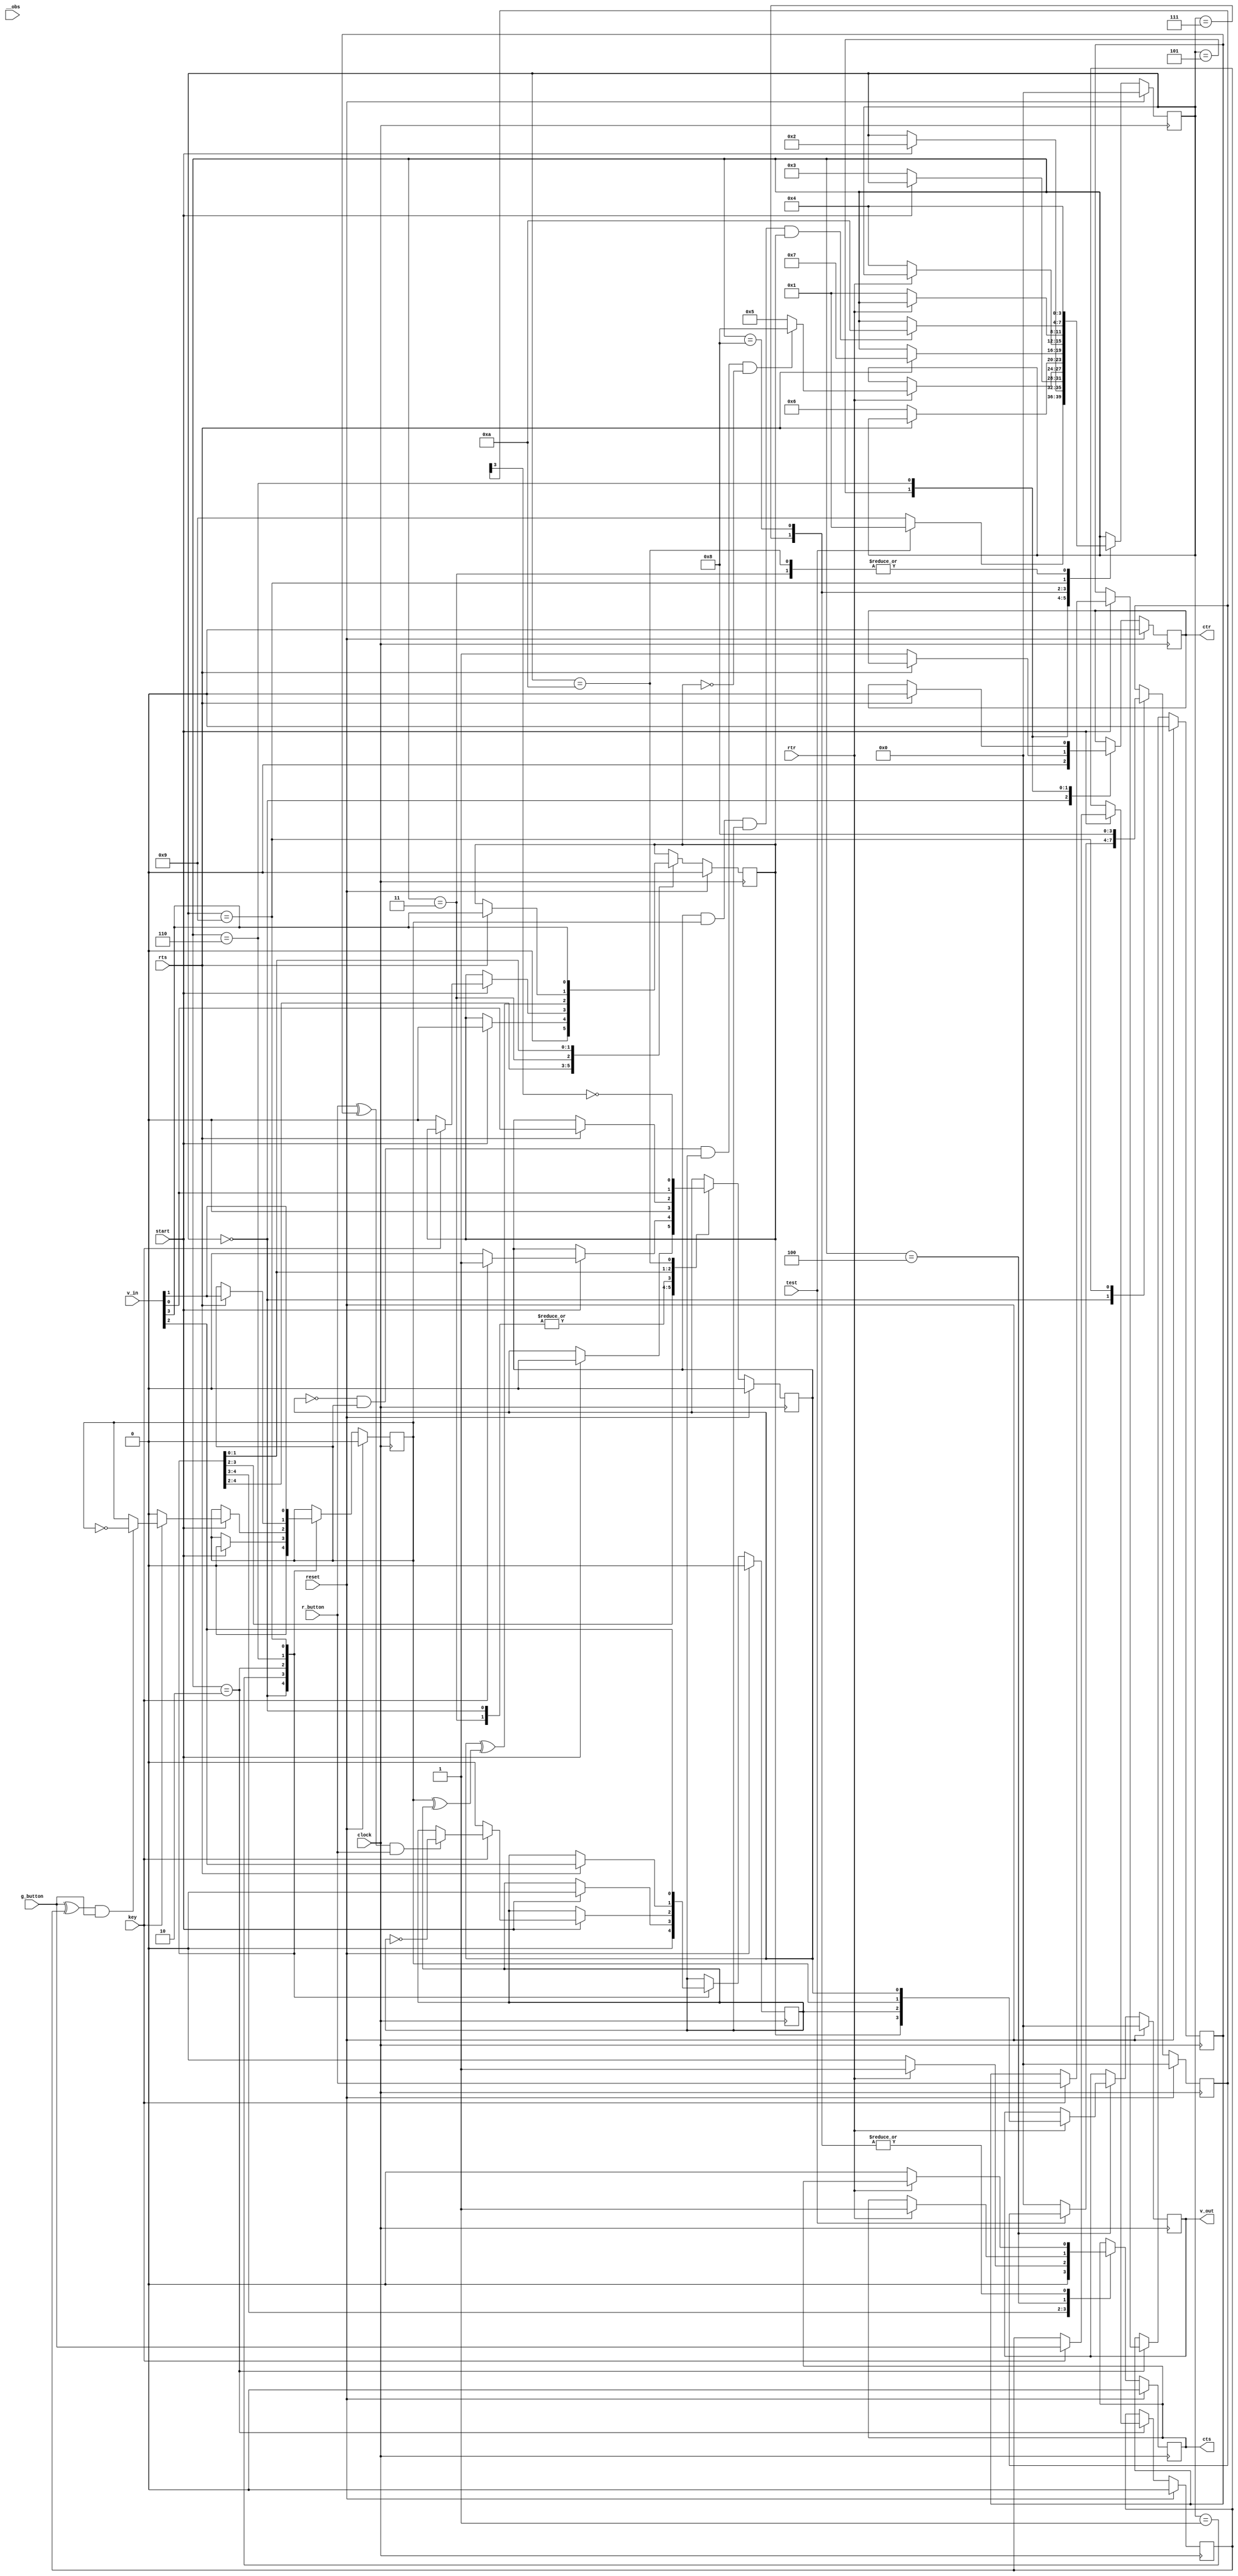
// Following code segment is generated from /home/meng/Code/concolic-testing/test/b10/src/b10.v:2
module b10(r_button, g_button, key, start, reset, test, cts, ctr, rts, rtr, clock, v_in, v_out, __obs);
    input r_button;
    input g_button;
    input key;
    input start;
    input reset;
    input test;
    output cts;
    output ctr;
    input rts;
    input rtr;
    input clock;
    input [3:0] v_in;
    output [3:0] v_out;
    input __obs;

    reg ctr = 1'b0;
    reg cts = 1'b0;
    reg last_g = 1'b0;
    reg last_r = 1'b0;
    reg [3:0] sign = 4'b0;
    reg [3:0] stato = 4'b0;
    reg [3:0] v_out = 4'b0;
    reg voto0 = 1'b0;
    reg voto1 = 1'b0;
    reg voto2 = 1'b0;
    reg voto3 = 1'b0;

    // Following code segment is generated from /home/meng/Code/concolic-testing/test/b10/src/b10.v:38
    always @(posedge clock) begin
        if ((reset == 1'b1)) begin
            stato <= #1 4'h0; $display(";A 2");		//(assert (= stato    0h0)) ;2
            voto0 <= #1 1'b0; $display(";A 3");		//(assert (= voto0    0b0)) ;3
            voto1 <= #1 1'b0; $display(";A 4");		//(assert (= voto1    0b0)) ;4
            voto2 <= #1 1'b0; $display(";A 5");		//(assert (= voto2    0b0)) ;5
            voto3 <= #1 1'b0; $display(";A 6");		//(assert (= voto3    0b0)) ;6
            sign <= #1 4'h0; $display(";A 7");		//(assert (= sign    0h0)) ;7
            last_g <= #1 1'b0; $display(";A 8");		//(assert (= last_g    0b0)) ;8
            last_r <= #1 1'b0; $display(";A 9");		//(assert (= last_r    0b0)) ;9
            cts <= #1 1'b0; $display(";A 10");		//(assert (= cts    0b0)) ;10
            ctr <= #1 1'b0; $display(";A 11");		//(assert (= ctr    0b0)) ;11
            v_out <= #1 4'h0; $display(";A 12");		//(assert (= v_out    0h0)) ;12
        end
        else begin
            case (stato)
                4'h0 :
                    begin
                        $display(";A 13");		//(assert (= stato    0h0)) ;13
                        voto0 <= #1 1'b0; $display(";A 14");		//(assert (= voto0    0b0)) ;14
                        voto1 <= #1 1'b0; $display(";A 15");		//(assert (= voto1    0b0)) ;15
                        voto2 <= #1 1'b0; $display(";A 16");		//(assert (= voto2    0b0)) ;16
                        voto3 <= #1 1'b0; $display(";A 17");		//(assert (= voto3    0b0)) ;17
                        cts <= #1 1'b0; $display(";A 18");		//(assert (= cts    0b0)) ;18
                        ctr <= #1 1'b0; $display(";A 19");		//(assert (= ctr    0b0)) ;19
                        if ((test == 1'b0)) begin
                            $display(";A 20");		//(assert (= (bv-comp test  0b0)   0b1)) ;20
                            sign <= #1 4'h0; $display(";A 22");		//(assert (= sign    0h0)) ;22
                            stato <= #1 4'h9; $display(";A 23");		//(assert (= stato    0h9)) ;23
                        end
                        else begin
                            $display(";A 21");		//(assert (= (bv-comp test  0b0)   0b0)) ;21
                            voto0 <= #1 1'b0; $display(";A 24");		//(assert (= voto0    0b0)) ;24
                            voto1 <= #1 1'b0; $display(";A 25");		//(assert (= voto1    0b0)) ;25
                            voto2 <= #1 1'b0; $display(";A 26");		//(assert (= voto2    0b0)) ;26
                            voto3 <= #1 1'b0; $display(";A 27");		//(assert (= voto3    0b0)) ;27
                            stato <= #1 4'h1; $display(";A 28");		//(assert (= stato    0h1)) ;28
                        end
                    end
                4'h1 :
                    begin
                        $display(";A 29");		//(assert (= stato    0h1)) ;29
                        if ((start == 1'b1)) begin
                            $display(";A 30");		//(assert (= (bv-comp start  0b1)   0b1)) ;30
                            voto0 <= #1 1'b0; $display(";A 32");		//(assert (= voto0    0b0)) ;32
                            voto1 <= #1 1'b0; $display(";A 33");		//(assert (= voto1    0b0)) ;33
                            voto2 <= #1 1'b0; $display(";A 34");		//(assert (= voto2    0b0)) ;34
                            voto3 <= #1 1'b0; $display(";A 35");		//(assert (= voto3    0b0)) ;35
                            stato <= #1 4'h2; $display(";A 36");		//(assert (= stato    0h2)) ;36
                        end
                        else begin
                            $display(";A 31");		//(assert (= (bv-comp start  0b1)   0b0)) ;31
                        end
                        if ((rtr == 1'b1)) begin
                            $display(";A 37");		//(assert (= (bv-comp rtr  0b1)   0b1)) ;37
                            cts <= #1 1'b1; $display(";A 39");		//(assert (= cts    0b1)) ;39
                        end
                        else begin
                            $display(";A 38");		//(assert (= (bv-comp rtr  0b1)   0b0)) ;38
                        end
                        if ((rtr == 1'b0)) begin
                            $display(";A 40");		//(assert (= (bv-comp rtr  0b0)   0b1)) ;40
                            cts <= #1 1'b0; $display(";A 42");		//(assert (= cts    0b0)) ;42
                        end
                        else begin
                            $display(";A 41");		//(assert (= (bv-comp rtr  0b0)   0b0)) ;41
                        end
                    end
                4'h2 :
                    begin
                        $display(";A 43");		//(assert (= stato    0h2)) ;43
                        if ((start == 1'b0)) begin
                            $display(";A 44");		//(assert (= (bv-comp start  0b0)   0b1)) ;44
                            stato <= #1 4'h3; $display(";A 46");		//(assert (= stato    0h3)) ;46
                        end
                        else begin
                            $display(";A 45");		//(assert (= (bv-comp start  0b0)   0b0)) ;45
                            if ((key == 1'b1)) begin
                                $display(";A 47");		//(assert (= (bv-comp key  0b1)   0b1)) ;47
                                voto0 <= #1 key; $display(";A 49");		//(assert (= voto0    key )) ;49
                                if ((((g_button ^ last_g) & g_button) == 1'b1)) begin
                                    $display(";A 50");		//(assert (= (bv-comp (bv-and (bv-xor g_button  last_g ) g_button ) 0b1)   0b1)) ;50
                                    voto1 <= #1 (~voto1); $display(";A 52");		//(assert (= voto1    (bv-not voto1 ))) ;52
                                end
                                else begin
                                    $display(";A 51");		//(assert (= (bv-comp (bv-and (bv-xor g_button  last_g ) g_button ) 0b1)   0b0)) ;51
                                end
                                if ((((r_button ^ last_r) & r_button) == 1'b1)) begin
                                    $display(";A 53");		//(assert (= (bv-comp (bv-and (bv-xor r_button  last_r ) r_button ) 0b1)   0b1)) ;53
                                    voto2 <= #1 (~voto2); $display(";A 55");		//(assert (= voto2    (bv-not voto2 ))) ;55
                                end
                                else begin
                                    $display(";A 54");		//(assert (= (bv-comp (bv-and (bv-xor r_button  last_r ) r_button ) 0b1)   0b0)) ;54
                                end
                                last_g <= #1 g_button; $display(";A 56");		//(assert (= last_g    g_button )) ;56
                                last_r <= #1 r_button; $display(";A 57");		//(assert (= last_r    r_button )) ;57
                            end
                            else begin
                                $display(";A 48");		//(assert (= (bv-comp key  0b1)   0b0)) ;48
                                voto0 <= #1 1'b0; $display(";A 58");		//(assert (= voto0    0b0)) ;58
                                voto1 <= #1 1'b0; $display(";A 59");		//(assert (= voto1    0b0)) ;59
                                voto2 <= #1 1'b0; $display(";A 60");		//(assert (= voto2    0b0)) ;60
                                voto3 <= #1 1'b0; $display(";A 61");		//(assert (= voto3    0b0)) ;61
                            end
                        end
                    end
                4'h3 :
                    begin
                        $display(";A 62");		//(assert (= stato    0h3)) ;62
                        voto3 <= #1 (voto0 ^ (voto1 ^ voto2)); $display(";A 63");		//(assert (= voto3    (bv-xor voto0  (bv-xor voto1  voto2 )))) ;63
                        stato <= #1 4'h4; $display(";A 64");		//(assert (= stato    0h4)) ;64
                        voto0 <= #1 1'b0; $display(";A 65");		//(assert (= voto0    0b0)) ;65
                    end
                4'h4 :
                    begin
                        $display(";A 66");		//(assert (= stato    0h4)) ;66
                        if ((rtr == 1'b1)) begin
                            $display(";A 67");		//(assert (= (bv-comp rtr  0b1)   0b1)) ;67
                            v_out <= #1 {voto3, voto2, voto1, voto0}; $display(";A 69");		//(assert (= v_out    (bv-concat voto3  voto2  voto1  voto0 ))) ;69
                            cts <= #1 1'b1; $display(";A 70");		//(assert (= cts    0b1)) ;70
                            if (((((voto0 == 1'b0) && (voto1 == 1'b1)) && (voto2 == 1'b1)) && (voto3 == 1'b0))) begin
                                $display(";A 71");		//(assert (= (bv-and (bv-and (bv-and (bv-comp voto0  0b0) (bv-comp voto1  0b1)) (bv-comp voto2  0b1)) (bv-comp voto3  0b0))   0b1)) ;71
                                stato <= #1 4'h8; $display(";A 73");		//(assert (= stato    0h8)) ;73
                            end
                            else begin
                                $display(";A 72");		//(assert (= (bv-and (bv-and (bv-and (bv-comp voto0  0b0) (bv-comp voto1  0b1)) (bv-comp voto2  0b1)) (bv-comp voto3  0b0))   0b0)) ;72
                                stato <= #1 4'h5; $display(";A 74");		//(assert (= stato    0h5)) ;74
                            end
                        end
                        else begin
                            $display(";A 68");		//(assert (= (bv-comp rtr  0b1)   0b0)) ;68
                        end
                    end
                4'h5 :
                    begin
                        $display(";A 75");		//(assert (= stato    0h5)) ;75
                        if ((rts == 1'b0)) begin
                            $display(";A 76");		//(assert (= (bv-comp rts  0b0)   0b1)) ;76
                            ctr <= #1 1'b1; $display(";A 78");		//(assert (= ctr    0b1)) ;78
                            stato <= #1 4'h6; $display(";A 79");		//(assert (= stato    0h6)) ;79
                        end
                        else begin
                            $display(";A 77");		//(assert (= (bv-comp rts  0b0)   0b0)) ;77
                        end
                    end
                4'h6 :
                    begin
                        $display(";A 80");		//(assert (= stato    0h6)) ;80
                        if ((rts == 1'b1)) begin
                            $display(";A 81");		//(assert (= (bv-comp rts  0b1)   0b1)) ;81
                            voto0 <= #1 v_in[0]; $display(";A 83");		//(assert (= voto0    (bv-extract 0 0 v_in ))) ;83
                            voto1 <= #1 v_in[1]; $display(";A 84");		//(assert (= voto1    (bv-extract 1 1 v_in ))) ;84
                            voto2 <= #1 v_in[2]; $display(";A 85");		//(assert (= voto2    (bv-extract 2 2 v_in ))) ;85
                            voto3 <= #1 v_in[3]; $display(";A 86");		//(assert (= voto3    (bv-extract 3 3 v_in ))) ;86
                            ctr <= #1 1'b0; $display(";A 87");		//(assert (= ctr    0b0)) ;87
                            stato <= #1 4'h7; $display(";A 88");		//(assert (= stato    0h7)) ;88
                        end
                        else begin
                            $display(";A 82");		//(assert (= (bv-comp rts  0b1)   0b0)) ;82
                        end
                    end
                4'h7 :
                    begin
                        $display(";A 89");		//(assert (= stato    0h7)) ;89
                        if ((rtr == 1'b0)) begin
                            $display(";A 90");		//(assert (= (bv-comp rtr  0b0)   0b1)) ;90
                            cts <= #1 1'b0; $display(";A 92");		//(assert (= cts    0b0)) ;92
                            stato <= #1 4'h4; $display(";A 93");		//(assert (= stato    0h4)) ;93
                        end
                        else begin
                            $display(";A 91");		//(assert (= (bv-comp rtr  0b0)   0b0)) ;91
                        end
                    end
                4'h8 :
                    begin
                        $display(";A 94");		//(assert (= stato    0h8)) ;94
                        if ((rtr == 1'b0)) begin
                            $display(";A 95");		//(assert (= (bv-comp rtr  0b0)   0b1)) ;95
                            cts <= #1 1'b0; $display(";A 97");		//(assert (= cts    0b0)) ;97
                            stato <= #1 4'h1; $display(";A 98");		//(assert (= stato    0h1)) ;98
                        end
                        else begin
                            $display(";A 96");		//(assert (= (bv-comp rtr  0b0)   0b0)) ;96
                        end
                    end
                4'h9 :
                    begin
                        $display(";A 99");		//(assert (= stato    0h9)) ;99
                        voto0 <= #1 v_in[0]; $display(";A 100");		//(assert (= voto0    (bv-extract 0 0 v_in ))) ;100
                        voto1 <= #1 v_in[1]; $display(";A 101");		//(assert (= voto1    (bv-extract 1 1 v_in ))) ;101
                        voto2 <= #1 v_in[2]; $display(";A 102");		//(assert (= voto2    (bv-extract 2 2 v_in ))) ;102
                        voto3 <= #1 v_in[3]; $display(";A 103");		//(assert (= voto3    (bv-extract 3 3 v_in ))) ;103
                        sign <= #1 4'h8; $display(";A 104");		//(assert (= sign    0h8)) ;104
                        if (((((voto0 == 1'b1) && (voto1 == 1'b1)) && (voto2 == 1'b1)) && (voto3 == 1'b1))) begin
                            $display(";A 105");		//(assert (= (bv-and (bv-and (bv-and (bv-comp voto0  0b1) (bv-comp voto1  0b1)) (bv-comp voto2  0b1)) (bv-comp voto3  0b1))   0b1)) ;105
                            stato <= #1 4'hA; $display(";A 107");		//(assert (= stato    0hA)) ;107
                        end
                        else begin
                            $display(";A 106");		//(assert (= (bv-and (bv-and (bv-and (bv-comp voto0  0b1) (bv-comp voto1  0b1)) (bv-comp voto2  0b1)) (bv-comp voto3  0b1))   0b0)) ;106
                        end
                    end
                4'hA :
                    begin
                        $display(";A 108");		//(assert (= stato    0hA)) ;108
                        voto0 <= #1 (1'b1 ^ sign[0]); $display(";A 109");		//(assert (= voto0    (bv-xor 0b1 (bv-extract 0 0 sign )))) ;109
                        voto0 <= #1 (1'b0 ^ sign[1]); $display(";A 110");		//(assert (= voto0    (bv-xor 0b0 (bv-extract 1 1 sign )))) ;110
                        voto0 <= #1 (1'b0 ^ sign[2]); $display(";A 111");		//(assert (= voto0    (bv-xor 0b0 (bv-extract 2 2 sign )))) ;111
                        voto0 <= #1 (1'b1 ^ sign[3]); $display(";A 112");		//(assert (= voto0    (bv-xor 0b1 (bv-extract 3 3 sign )))) ;112
                        stato <= #1 4'h4; $display(";A 113");		//(assert (= stato    0h4)) ;113
                    end
            endcase
        end
        // Displaying module variables
        begin
            $display(";R ctr = %b", ctr);
            $display(";R cts = %b", cts);
            $display(";R last_g = %b", last_g);
            $display(";R last_r = %b", last_r);
            $display(";R sign = %b", sign);
            $display(";R stato = %b", stato);
            $display(";R v_out = %b", v_out);
            $display(";R voto0 = %b", voto0);
            $display(";R voto1 = %b", voto1);
            $display(";R voto2 = %b", voto2);
            $display(";R voto3 = %b", voto3);
        end
    end

endmodule